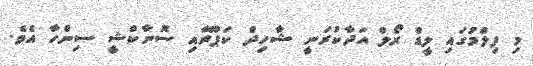
މި ފިލްމުގައި ލީޑް ރޯލް އަދާކުރަނީ ޝާހިދް ކަޕޫރާއި ސޮނާކްޝީ ސިންހާ އެވެ.